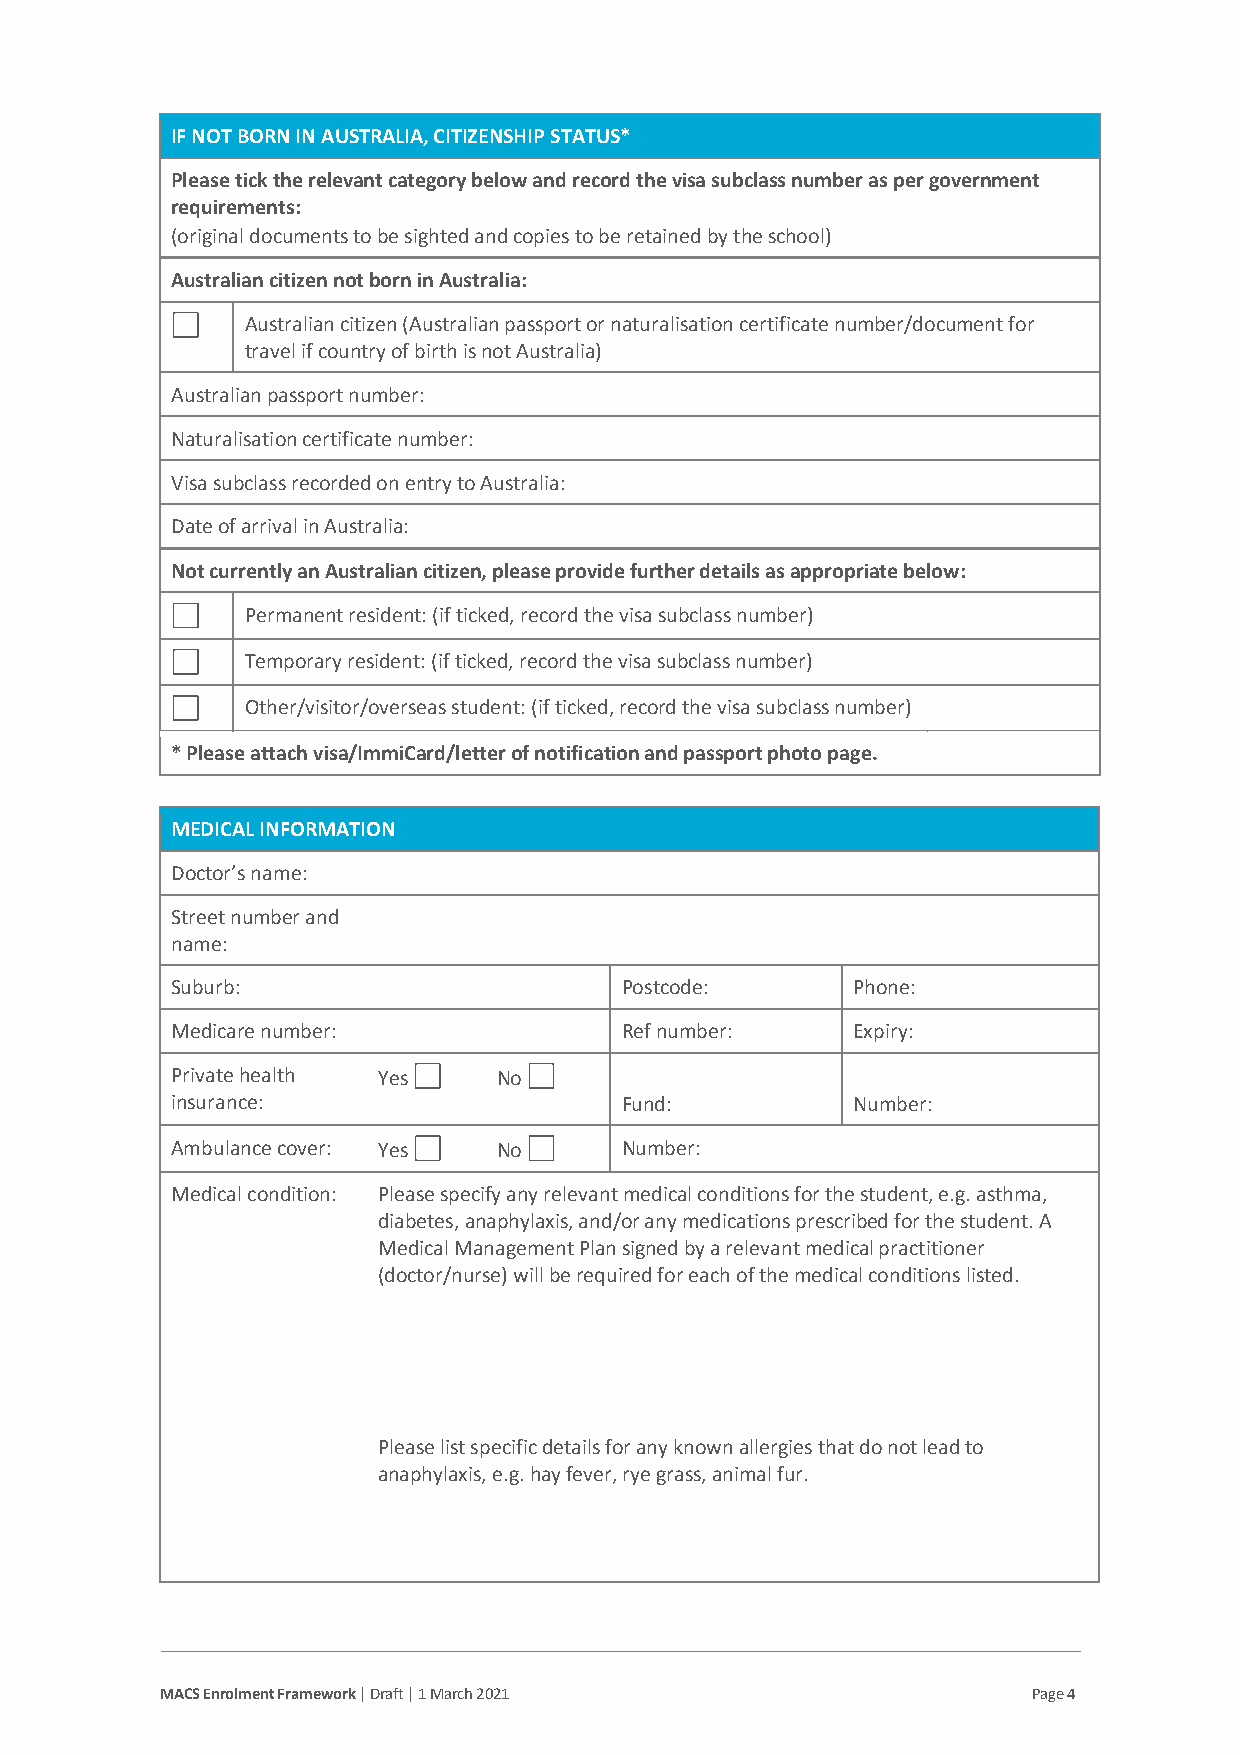
IF NOT BORN IN AUSTRALIA, CITIZENSHIP STATUS*
 Please tick the relevant category below and record the visa subclass number as per government
 requirements:
 (original documents to be sighted and copies to be retained by the school)
 Australian citizen not born in Australia:
 Australian citizen (Australian passport or naturalisation certificate number/document for
 travel if country of birth is not Australia)
 Australian passport number:
 Naturalisation certificate number:
 Visa subclass recorded on entry to Australia:
 Date of arrival in Australia:
 Not currently an Australian citizen, please provide further details as appropriate below:
 Permanent resident: (if ticked, record the visa subclass number)
 Temporary resident: (if ticked, record the visa subclass number)
 Other/visitor/overseas student: (if ticked, record the visa subclass number)
 * Please attach visa/ImmiCard/letter of notification and passport photo page.
 MEDICAL INFORMATION
 Doctor’s name:
 Street number and
 name:
 Suburb:                       Postcode:      Phone:
 Medicare number:              Ref number:    Expiry:
 Private health Yes    No
 insurance:                    Fund:          Number:
 Ambulance cover: Yes  No      Number:
 Medical condition: Please specify any relevant medical conditions for the student, e.g. asthma,
 diabetes, anaphylaxis, and/or any medications prescribed for the student. A
 Medical Management Plan signed by a relevant medical practitioner
 (doctor/nurse) will be required for each of the medical conditions listed.
 Please list specific details for any known allergies that do not lead to
 anaphylaxis, e.g. hay fever, rye grass, animal fur.
 MACS Enrolment Framework | Draft | 1 March 2021          Page 4